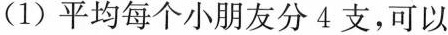
(1)平均每个小朋友分4支，可以